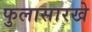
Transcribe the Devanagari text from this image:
फुलासारखे